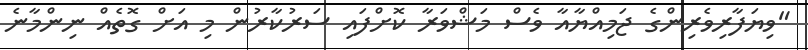
"ވިޔަފާރިވެރިންގެ ޖަމިއްޔާއާ ވެސް މަޝްވަރާ ކޮށްފައި ސަރުކާރުން މި އަށް ގޮތެއް ނިންމާނެ